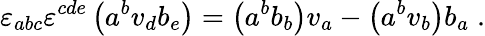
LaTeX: {\varepsilon}_{abc}{\varepsilon}^{cde}\left(a^{b}v_{d}b_{e}\right)=\left(a^{b}b_{b}\right)v_{a}-\left(a^{b}v_{b}\right)b_{a}\; .